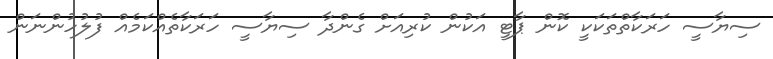
ސިޔާސީ ހަރަކާތްތަކަކީ ކޮން ޕާޓީ އަކުން ކުރިއަށް ގެންދާ ސިޔާސީ ހަރަކާތެއްކަމެއް ފުލުހުންނަން